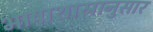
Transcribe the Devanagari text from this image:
भाषाशास्रानुसार